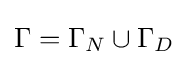
\Gamma =\Gamma _{N}\cup \Gamma _{D}